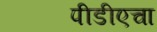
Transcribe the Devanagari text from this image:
पीडीएचा